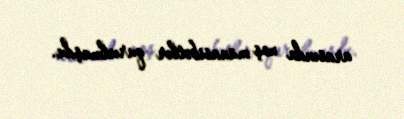
arasında xoş münasibətlər qurulmuşdu.